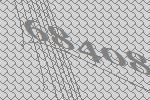
68408